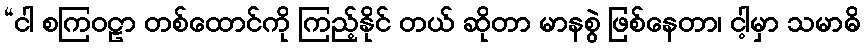
“ငါ စကြဝဠာ တစ်ထောင်ကို ကြည့်နိုင် တယ် ဆိုတာ မာနစွဲ ဖြစ်နေတာ၊ ငါ့မှာ သမာဓိ